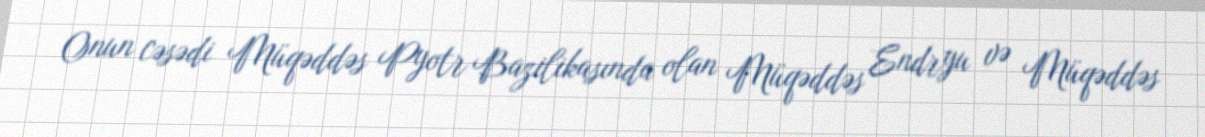
Onun cəsədi Müqəddəs Pyotr Bazilikasında olan Müqəddəs Endryu və Müqəddəs